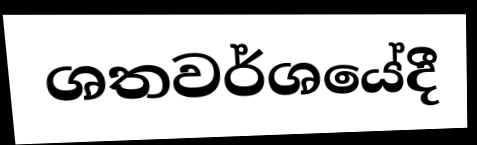
ශතවර්ශයේදී